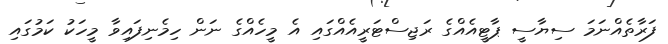
ފަރާތެއްނަމަ ސިޔާސީ ޕާޓީއެއްގެ ރަޖިސްޓަރީއެއްގައި އެ މީހެއްގެ ނަން ހިމެނިފައިވާ މީހަކު ކަމުގައި